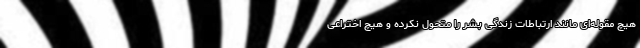
هیچ مقوله‌ای مانند ارتباطات زندگی بشر را متحول نکرده و هیچ اختراعی